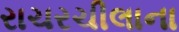
રાચરચીલાના